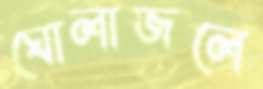
ঘোলাজলে